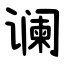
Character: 谰